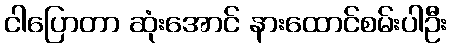
ငါပြောတာ ဆုံးအောင် နားထောင်စမ်းပါဦး